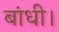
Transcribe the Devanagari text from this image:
बांधी।